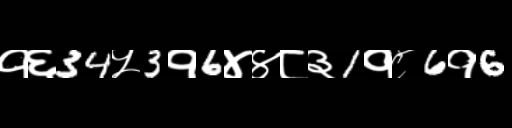
Text: १६34५3१6४४८३1१८6१6